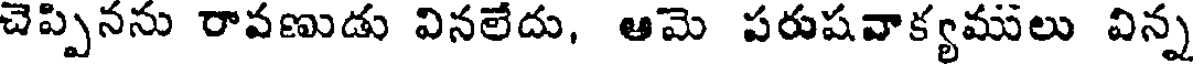
చెప్పినను రావణుడు వినలేదు, ఆమె పరుషవాక్యములు విన్న